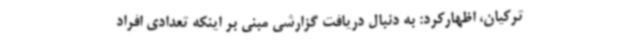
ترکیان، اظهارکرد: به دنبال دریافت گزارشی مبنی بر اینکه تعدادی افراد